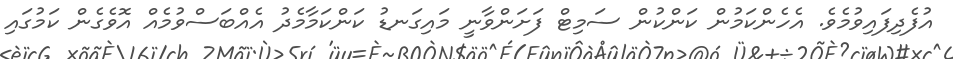
އުފެދިފައިވުމެވެ. އެހެންކަމުން ކަންކުން ސަމިޓް ފަށަންވާނީ މައިގަނޑު ކަންކަމާމެދު އެއްބަސްވުމެއް އޮވެގެން ކަމުގައި